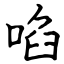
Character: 啗